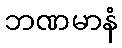
ဘဏမာနံ